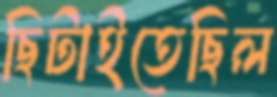
ছিটাইতেছিল